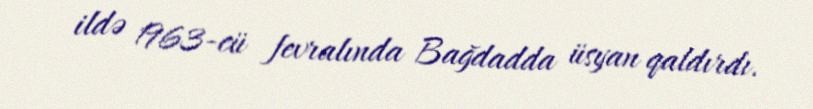
ildə 1963-cü fevralında Bağdadda üsyan qaldırdı.